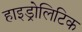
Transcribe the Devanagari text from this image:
हाइड्रोलिटिक